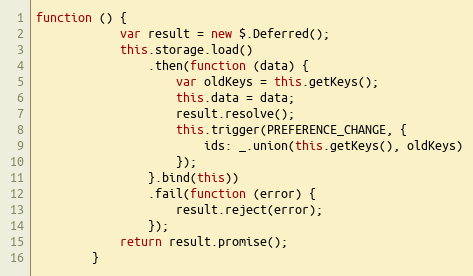
Language: JavaScript
function () {
            var result = new $.Deferred();
            this.storage.load()
                .then(function (data) {
                    var oldKeys = this.getKeys();
                    this.data = data;
                    result.resolve();
                    this.trigger(PREFERENCE_CHANGE, {
                        ids: _.union(this.getKeys(), oldKeys)
                    });
                }.bind(this))
                .fail(function (error) {
                    result.reject(error);
                });
            return result.promise();
        }